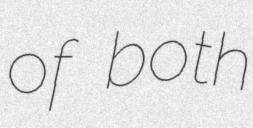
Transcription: of both